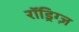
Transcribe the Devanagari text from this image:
रॉड्रिग्ज़